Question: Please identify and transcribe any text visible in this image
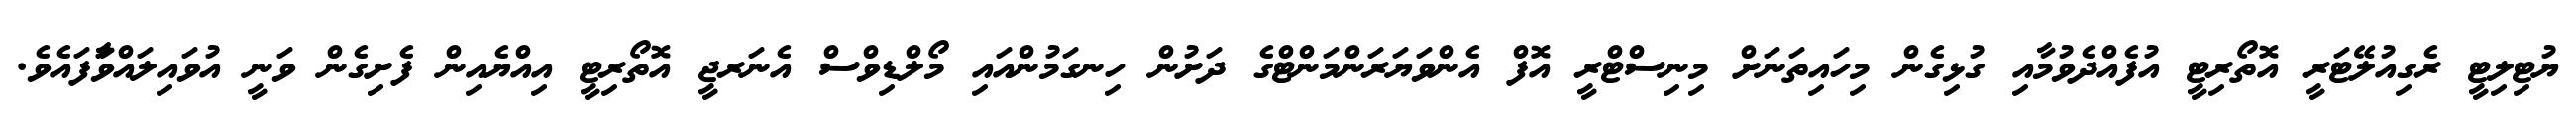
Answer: ޔުޓިލިޓީ ރެގިއުލޭޓަރީ އޮތޯރިޓީ އުފެއްދެވުމާއި ގުޅިގެން މިހައިތަނަށް މިނިސްޓްރީ އޮފް އެންވަޔަރަންމަންޓްގެ ދަށުން ހިނގަމުންއައި މޯލްޑިވްސް އެނަރޖީ އޮތޯރިޓީ އިއްޔެއިން ފެށިގެން ވަނީ އުވައިލައްވަާފައެވެ.